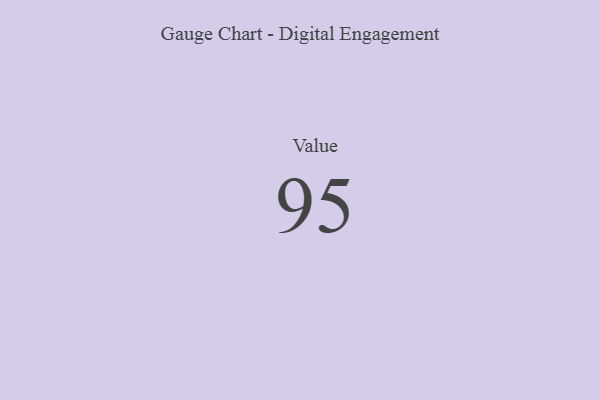
{"axis": {"x": "Metric", "y": "Value"}, "legend": [""], "data": [{"x": "Value", "y": 95, "type": ""}]}